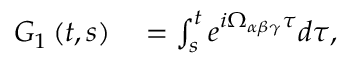
\begin{array} { r l } { G _ { 1 } \left( t , s \right) } & { { } = \int _ { s } ^ { t } e ^ { i \Omega _ { \alpha \beta \gamma } \tau } d \tau , } \end{array}